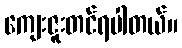
ကျေးဇူးတင်ရပါတယ်။